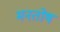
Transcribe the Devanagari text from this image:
मनतोष